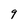
Character: 9